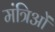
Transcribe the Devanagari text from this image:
मंत्रिओं